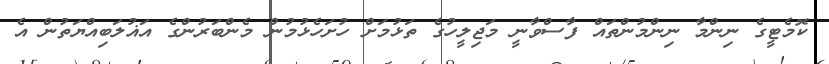
ކޮމެޓީގެ ނިންމާ ނިންމުންތައް ފާސްވާނީ މަޖިލީހުގެ ތަޅުމަށް ހުށަހެޅުމުން މެންބަރުންގެ އަޣުލަބިއްޔަތުން އެ